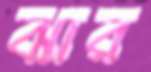
ঝার